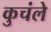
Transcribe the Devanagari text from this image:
कुचंले